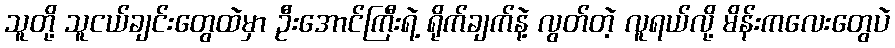
သူတို့ သူငယ်ချင်းတွေထဲမှာ ဦးအောင်ကြီးရဲ့ ရိုက်ချက်နဲ့ လွတ်တဲ့ လူရယ်လို့ မိန်းကလေးတွေပဲ